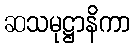
ဆသမုဋ္ဌာနိကာ